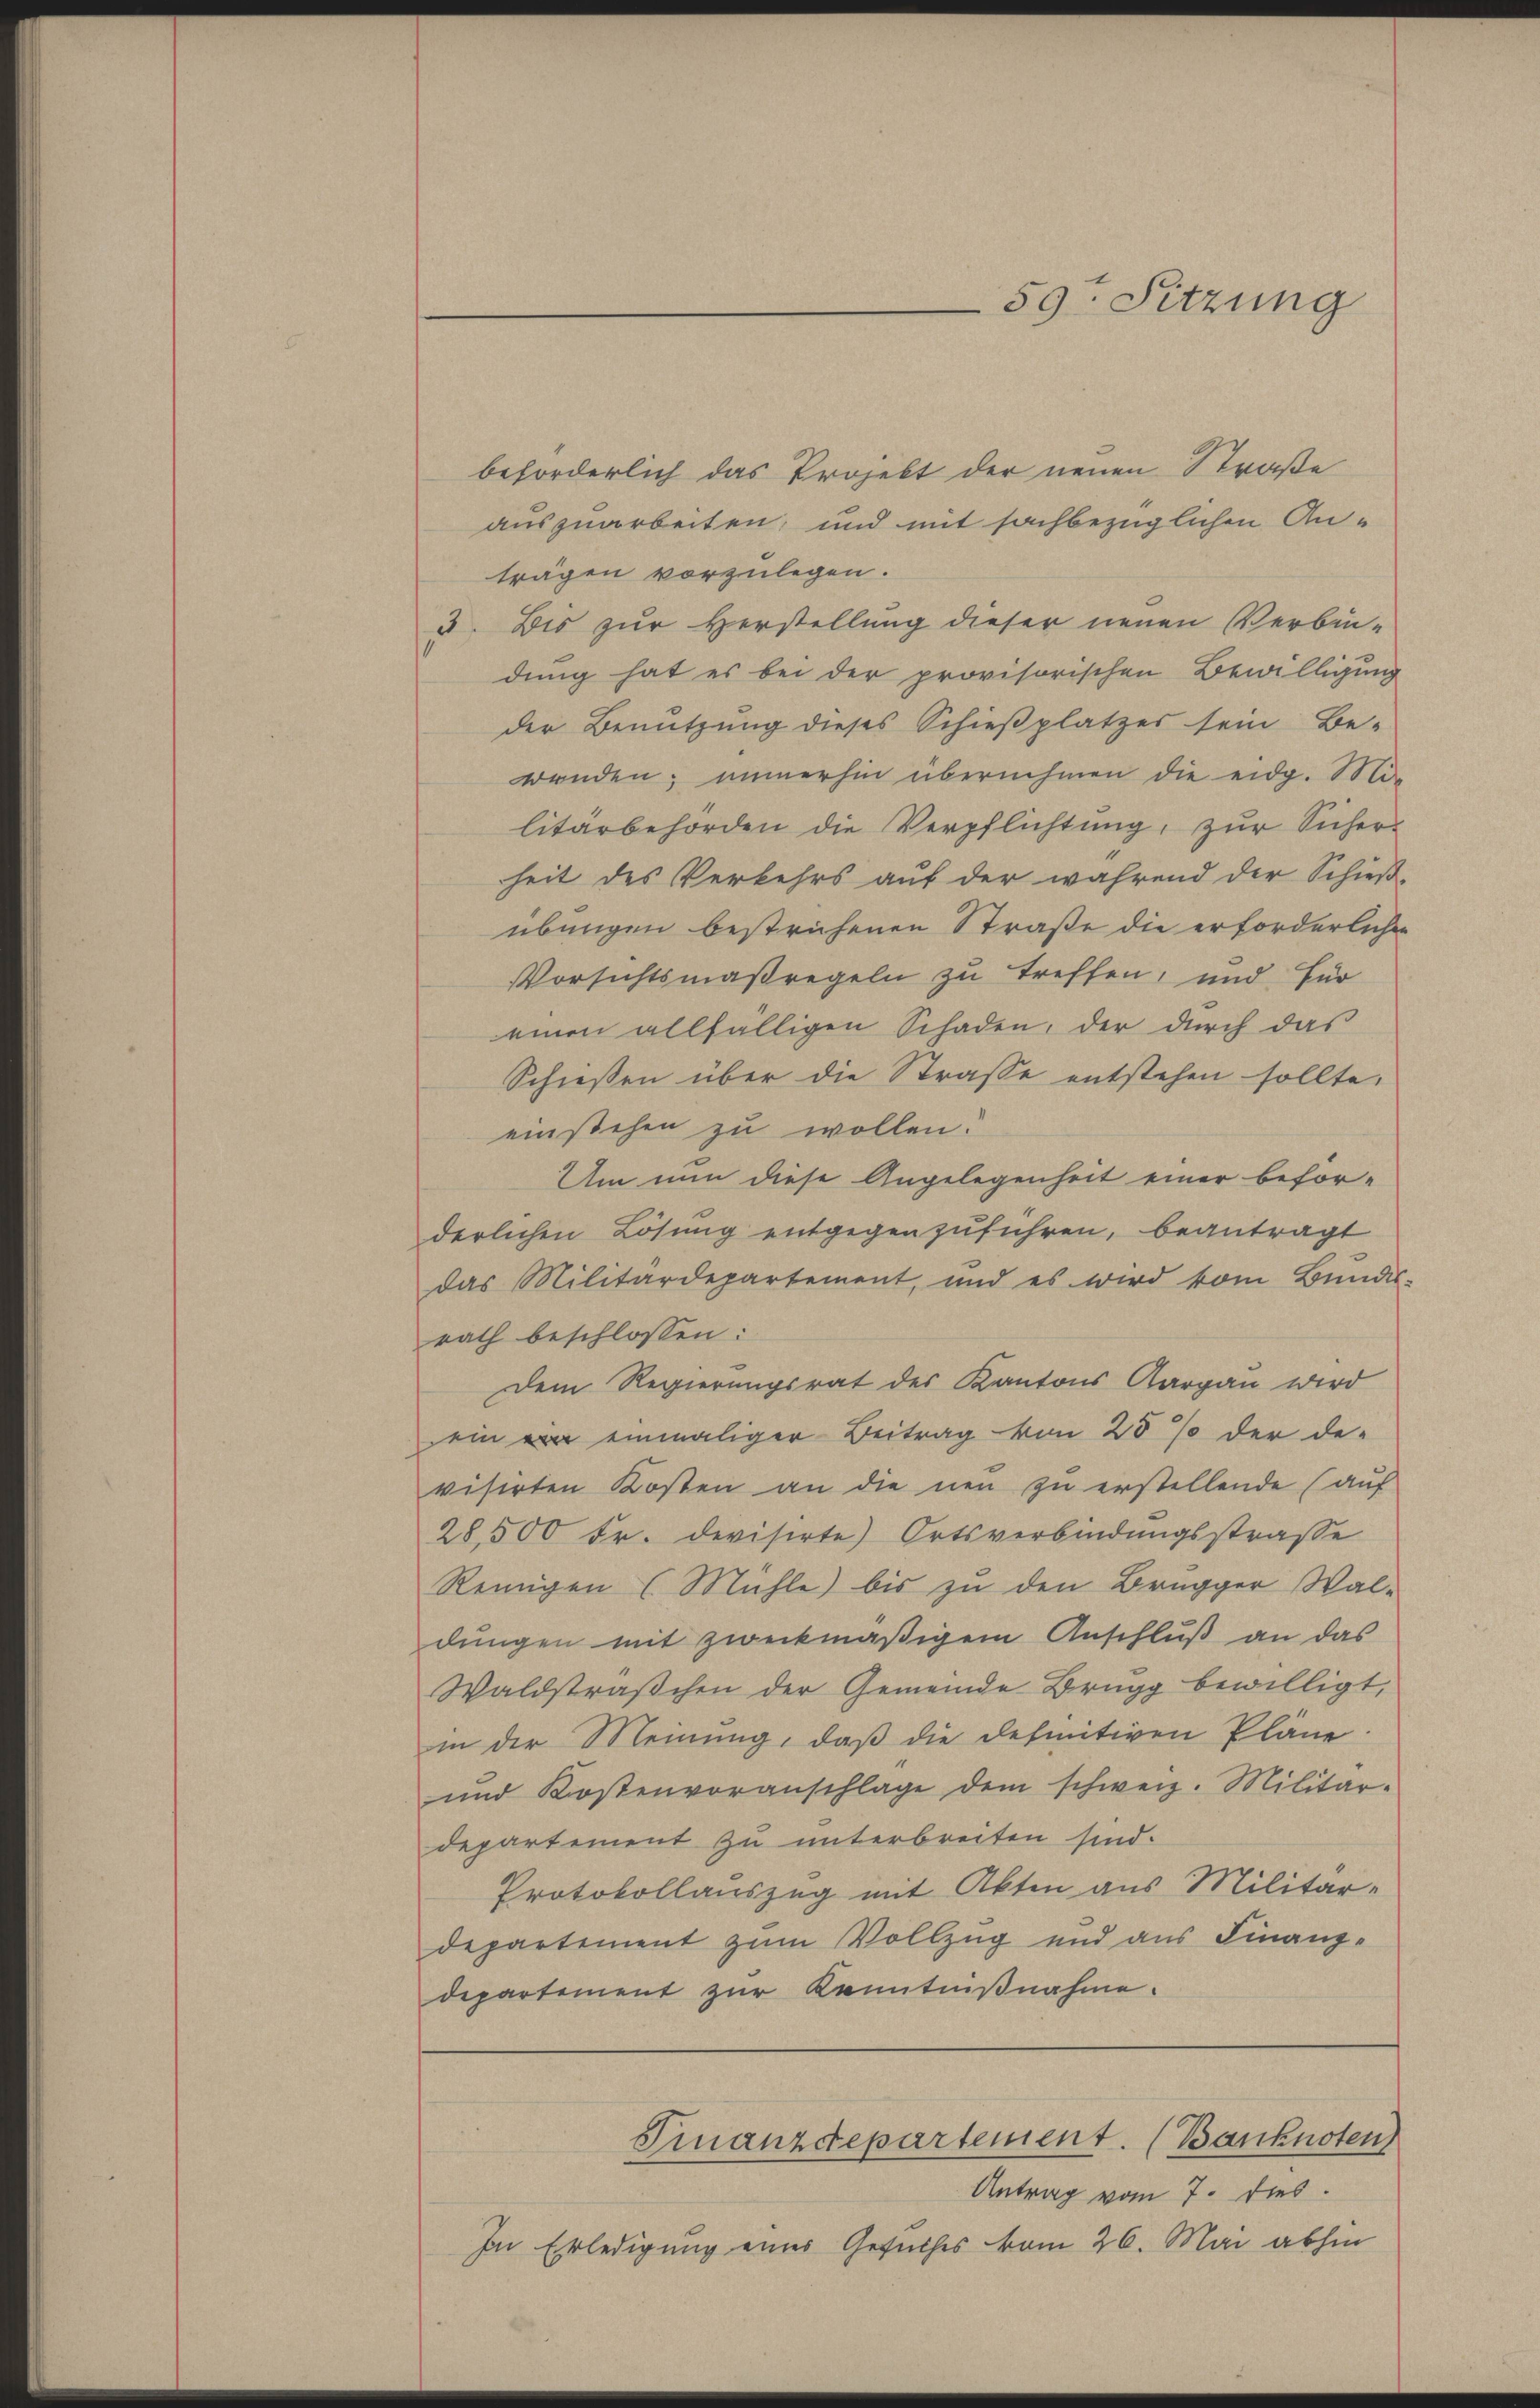
59. Sitzung

beforderlich das Projekt der neuen Straße
auszuarbeiten, und mit sachbezüglichen An-
trägen vorzulegen.
u. Bis zur Verstellung dieser neuen Verbin-
dung hat es bei der provisorischen Bewilligung
der Benutzung dieses Schießplatzes sein Be-
wenden; immerhin übernehmen die eidg. Militärbehörden die Verpflichtung, zŭr Sicher-
heit des Verkehrs auf der während der Schieß-
übungen bestrichenen Straße die erforderlichen
Vorsichtsmaßregeln zu treffen, und für
einen allfälligen Schaden, der durch das
Schießen über die Strasse entstehen sollte,
einstehen zu wollen.
Um nun diese Angelegenheit einer beför-
derlichen Lösung entgegenzuführen, beantragt
das Militärdepartement, und es wird vom Bundes-
rath beschlossen:
Dem Regierungsrat des Kantons Aargau wird
ein war einmaliger Beitrag von 25% der de-
visirten Kosten an die neu zu erstellende (auf
28,500 Fr. devisirte Ortsverbindungsstrasse
Reinigen (Mühle) bis zu den Brugger Wal-
dungen mit zweckmäßigem Anschluß an das
Waldsträßchen der Gemeinde Brugg bewilligt,
in der Meinung, daß die definitiven Pläne
und Kostenvoranschlage dem schweiz. Militär-
departement zu unterbreiten sind.
Protokollauszug mit Akten aus Militär-
departement zum Vollzug und aus Finanz-
departement zur Kenntnißnahme.
Finanzdepartement. (Banknoten
Antrag vom 7. dies
In Erledigung eines Gesuches vom 26. Mai abhin